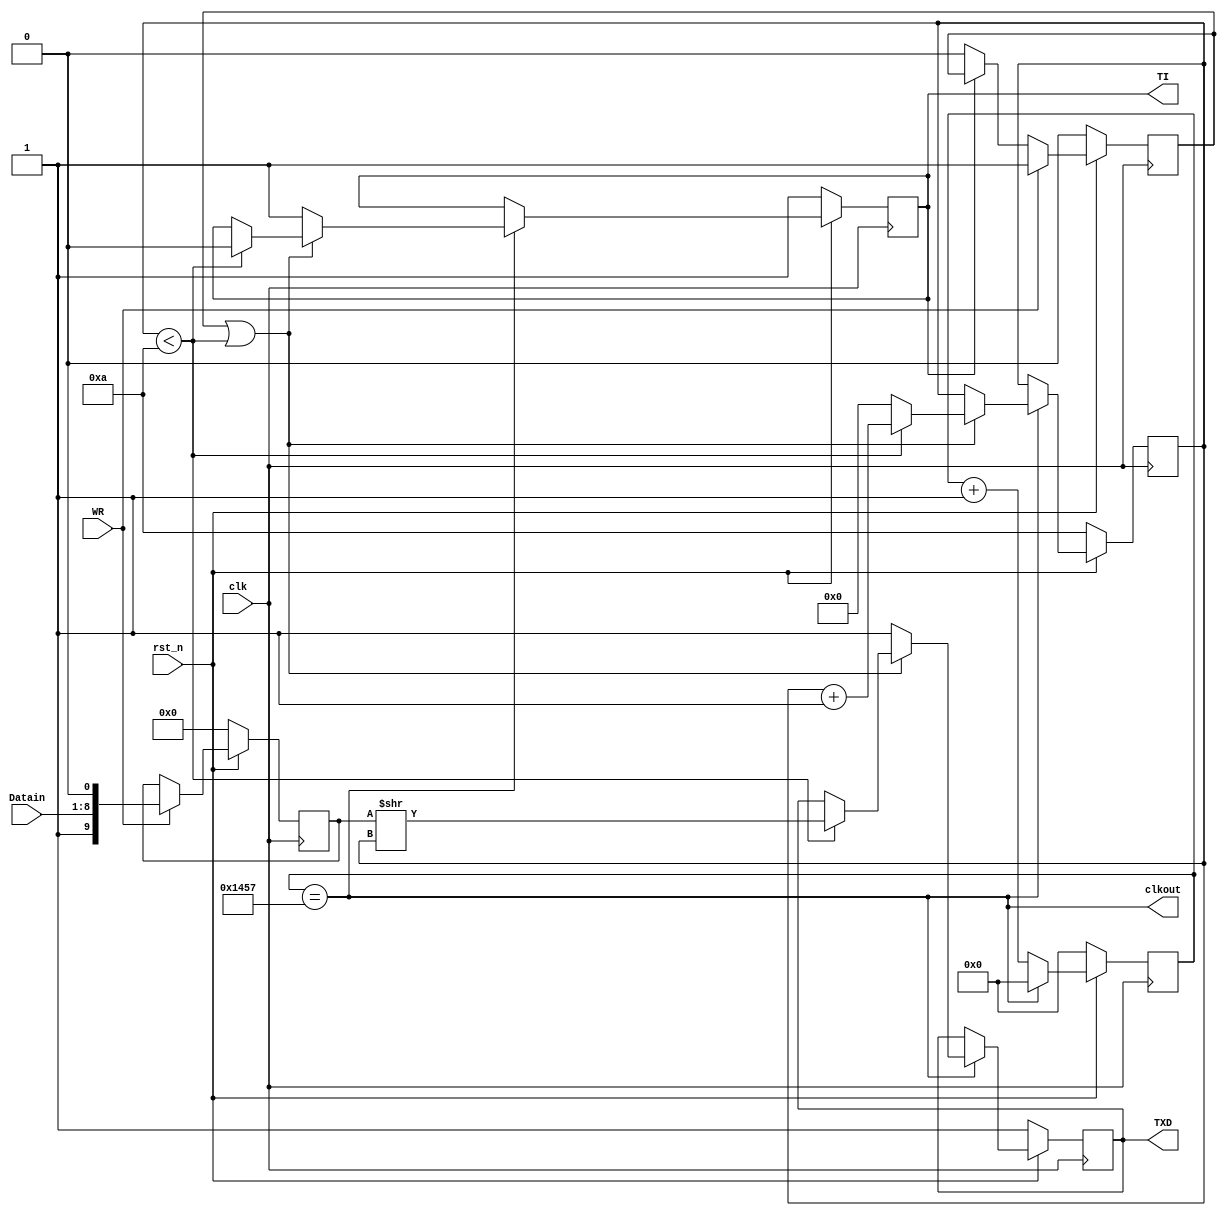

/********************send*************************
**send
**UART
**************************************************/
module send(
			rst_n,
			clk,									//
			clkout,									//
			Datain,									//
			TXD,									//uart	
			TI,										//
			WR										//
			);
input			clk,rst_n;								//
input			WR;									//
input	[7:0]	Datain;								//
output			clkout;								//
output			TXD,TI;								//,

reg		[9:0]	Datainbuf,Datainbuf2;				//
reg 			WR_ctr,TI,txd_reg;					//
reg		[3:0]	bincnt;								//
reg		[15:0]	cnt;								//

wire			clk_equ;							//

parameter cout = 5207;								//
													//50M960050000000/9600= 5208												
/*****************************************/
always@(posedge clk)										
begin
	if(!rst_n)begin
	cnt=16'b0;
	end
	else begin
	if(clk_equ)
		cnt = 16'd0;
	else 
		cnt=cnt+1'b1;
		end
end

assign clk_equ = (cnt == cout);
assign clkout = clk_equ;

/*****************************************/
always@(posedge clk)
begin
	if(!rst_n)begin
	 WR_ctr=1'b0;
	 Datainbuf=10'b0;
	end
	else begin
	if(WR)	
	begin
		Datainbuf = {1'b1,Datain[7:0],1'b0};		//10
		WR_ctr = 1'b1;								//
	end
	else if(TI==0)
		WR_ctr = 1'b0;
		end
end
	
/*****************************************/
always@(posedge clk)
begin
	if(!rst_n)begin
	 bincnt=4'b1010;   //10
	 Datainbuf2=10'b0;
	 TI=1'b1;
	 txd_reg=1'b1;
	 end
	else begin
	if(clk_equ)
	begin
		if(WR_ctr==1||bincnt<4'd10)						//.10
			begin
				if(bincnt<4'd10)
					begin
						Datainbuf2 = Datainbuf>>bincnt;			//
						txd_reg =  Datainbuf2[0];				//				
						bincnt = bincnt+4'd1;					//
						TI = 1'b0;
					end
				else
					bincnt = 4'd0;
			end
		else
			begin											//TXDTI
				txd_reg = 1'b1;
				TI = 1'b1;
			end 
	end	
		end
end
	
assign TXD = txd_reg;									//TXD

endmodule